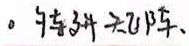
。骑车去郊游、